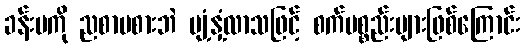
ခန်းမကို ညစာမစားဘဲ ပျံ့နှံ့လာသဖြင့် စက်ပစ္စည်းများဖြစ်ကြောင်း